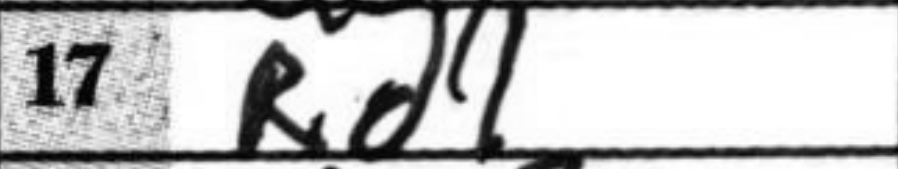
Transcription: Rd1